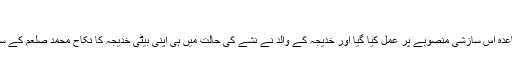
)
پھر باقاعدہ اس سازشی منصوبے پر عمل کیا گیا اور خدیجہ کے والد نے نشے کی حالت میں ہی اپنی بیٹی خدیجہ کا نکاح محمد صلعم کے ساتھ کیا۔